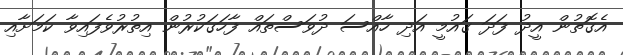
އެގޮތުން އީދު ފަދަ ގައުމީ އަދި ހާއްސަ ދުވަސްތައް ފާހަގަކުރުން އިތުރުވެފައިވާ ކަމަށާއި